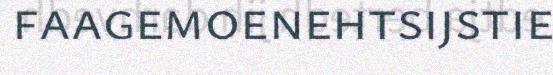
faagemoenehtsijstie